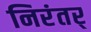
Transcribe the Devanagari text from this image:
निरंतर्